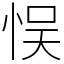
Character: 悮